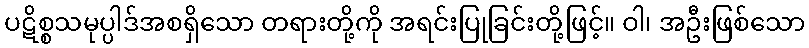
ပဋိစ္စသမုပ္ပါဒ်အစရှိသော တရားတို့ကို အရင်းပြုခြင်းတို့ဖြင့်။ ဝါ၊ အဦးဖြစ်သော